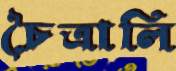
চৈত্রালি